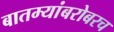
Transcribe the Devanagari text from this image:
बातम्यांबरोबरच